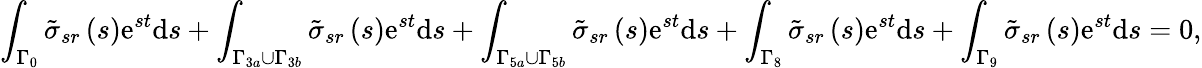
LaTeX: \int_{\Gamma_{0}}\tilde{\sigma}_{sr}\left(s\right)\mathrm{e}^{st}\mathrm{d}s+\int_{\Gamma_{3a}\cup\Gamma_{3b}}\tilde{\sigma}_{sr}\left(s\right)\mathrm{e}^{st}\mathrm{d}s+\int_{\Gamma_{5a}\cup\Gamma_{5b}}\tilde{\sigma}_{sr}\left(s\right)\mathrm{e}^{st}\mathrm{d}s+\int_{\Gamma_{8}}\tilde{\sigma}_{sr}\left(s\right)\mathrm{e}^{st}\mathrm{d}s+\int_{\Gamma_{9}}\tilde{\sigma}_{sr}\left(s\right)\mathrm{e}^{st}\mathrm{d}s=0,